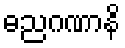
ဓညဂဏာနိ